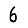
Digit: 6